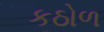
કઠોળ